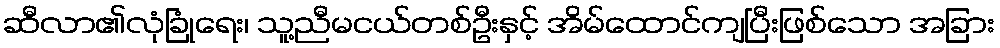
ဆီလာ၏လုံခြုံရေး၊ သူ့ညီမငယ်တစ်ဦးနှင့် အိမ်ထောင်ကျပြီးဖြစ်သော အခြား